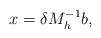
LaTeX: \begin{align*}x = \delta M_h^{-1} b,\end{align*}